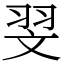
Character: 𦐐